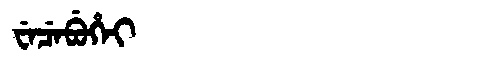
Manchu: ᠸᡝᠴᡝᠪᡠᡥᡝᡳ
Romanization: WECEBUHEI